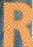
R